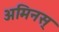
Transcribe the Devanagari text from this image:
अमिनस्